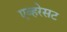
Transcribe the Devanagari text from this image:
एव्हरेसट